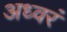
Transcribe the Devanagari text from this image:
अध्वरं